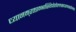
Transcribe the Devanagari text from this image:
ध्यानम्‌रक्ताम्भास्थिपोतोल्लसदरुणसरोजाङ